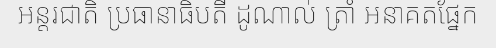
អន្តរជាតិ ប្រធានាធិបតី ដូណាល់ ត្រាំ អនាគតផ្នែក